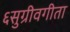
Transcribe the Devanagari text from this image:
६सुग्रीवगीता